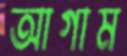
আগাম